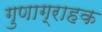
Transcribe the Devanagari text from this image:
गुणाग्राहक